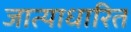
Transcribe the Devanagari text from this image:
जात्याधारित